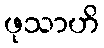
ဖုသာဟိ